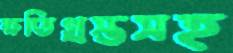
ক্ষতিগ্রস্তসহ